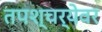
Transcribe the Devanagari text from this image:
तपश्चर्येवर